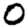
Digit: 0